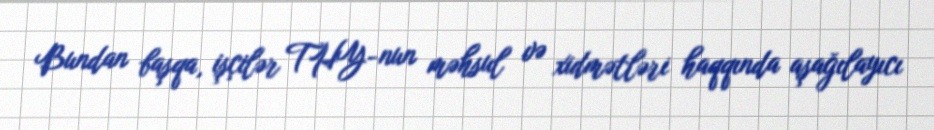
Bundan başqa, işçilər THY-nun məhsul və xidmətləri haqqında aşağılayıcı